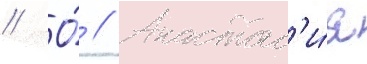
// О́ // Анастас'и́я